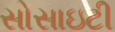
સોસાઇટી